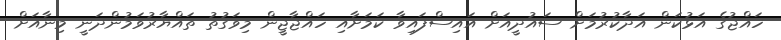
ހައްޖުގެ އަޅުކަން އަދާކުރުމަށް ސައުދީއަށް އައިސްފައިވާ ކަމަށާއި ހައްޖާޖީން މިވަގުތު ތައްޔާރުވަމުންދަނީ މިނާއަށް